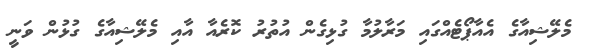
މެލޭޝިއާގެ އެއާޕޯޓެއްގައި މަރާލުމާ ގުޅިގެން އުތުރު ކޮރެއާ އާއި މެލޭޝިއާގެ ގުޅުން ވަނީ